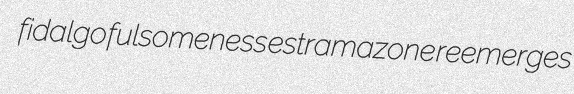
fidalgo fulsomeness estramazone reemerges